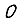
Digit: 0